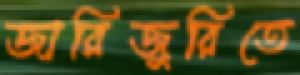
জারিজুরিতে